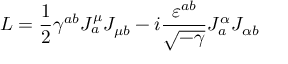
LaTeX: L = \frac { 1 } { 2 } \gamma ^ { a b } J _ { a } ^ { \mu } J _ { \mu b } - i \frac { \varepsilon ^ { a b } } { \sqrt { - \gamma } } J _ { a } ^ { \alpha } J _ { \alpha b } \nonumber